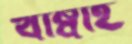
খাম্বাই